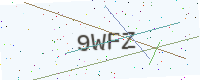
Text: 9WFZ